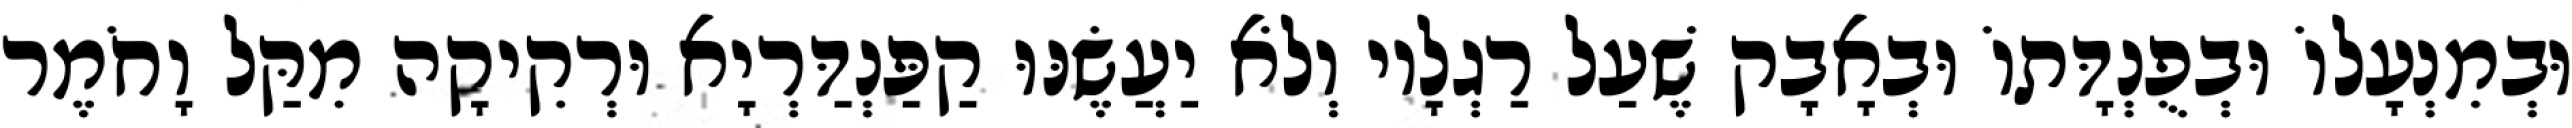
וּבְמִנְעָלוֹ וּבְפֻנְדָּתוֹ וּבְאָבָק שֶׁעַל רַגְלָיו וְלֹא יַעֲשֶׂנּוּ קַפַּנְדַּרְיָא וּרְקִיקָה מִקַּל וָחֹמֶר